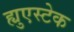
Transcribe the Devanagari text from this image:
ह्युएस्टेक